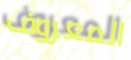
المعروف